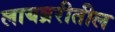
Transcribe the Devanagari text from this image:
लायब्ररीतील